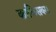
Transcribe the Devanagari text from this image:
काकिसक्स